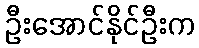
ဦးအောင်နိုင်ဦးက